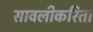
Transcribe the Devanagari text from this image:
सावलीकरिता